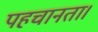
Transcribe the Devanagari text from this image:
पहचानता।